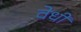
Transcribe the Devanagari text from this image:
वेधी